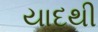
યાદથી